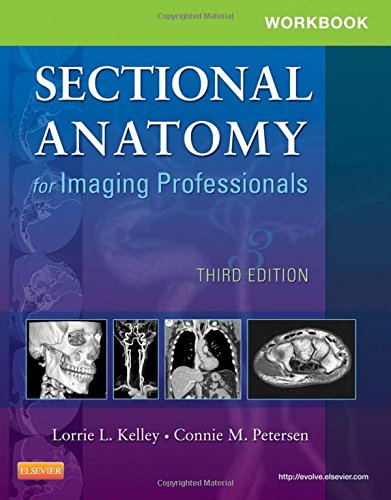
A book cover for Workbook for Sectional Anatomy for Imaging Professionals, 3e; Lorrie L. Kelley MS  RT(R); Medical Books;